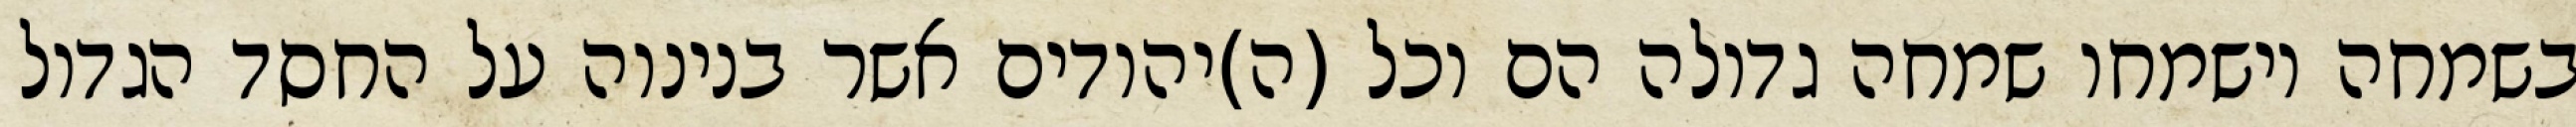
בשמחה וישמחו שמחה גדולה הם וכל (ה)יהודים אשר בנינוה על החסד הגדול